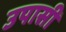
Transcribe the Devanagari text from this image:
उपासी